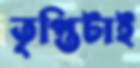
তৃপ্তিটাই